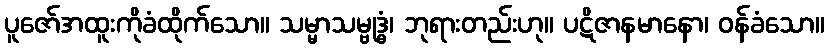
ပူဇော်အထူးကိုခံထိုက်သော။ သမ္မာသမ္ဗုဒ္ဓံ၊ ဘုရားတည်းဟု။ ပဋိဇာနမာနော၊ ဝန်ခံသော။